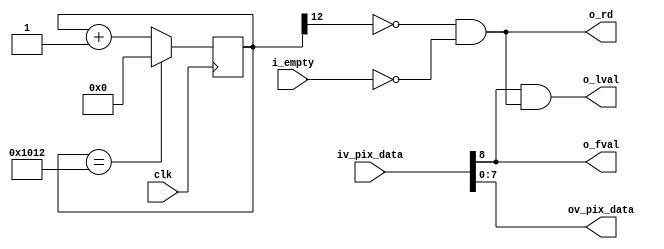
//-------------------------------------------------------------------------------------------------
//  --    : , 2010 -2015.
//  --      .
//  --          : FPGA
//  --        : rd_back_buf
//  --        : 
//-------------------------------------------------------------------------------------------------
//
//  --  :
//
//  --          :| 				:|  
//-------------------------------------------------------------------------------------------------
//  --        :| 2015/4/2 10:04:30	:|  
//-------------------------------------------------------------------------------------------------
//
//  --      :
//              1)  : ... ...
//
//              2)  : ... ...
//
//              3)  : ... ...
//
//-------------------------------------------------------------------------------------------------
///
`timescale 1ns/1ps
//-------------------------------------------------------------------------------------------------

module rd_back_buf # (
	parameter	DATA_WIDTH	= 8		//
	)
	(
	input						clk			,
	input						i_empty		,
	input	[DATA_WIDTH:0]		iv_pix_data	,
	output						o_rd		,
	output						o_fval		,
	output						o_lval		,
	output	[DATA_WIDTH-1:0]	ov_pix_data
	);

	//	ref signals
	reg		[15:0]		rd_en_cnt	= 16'b0;
	wire				rd_en		;

	//	ref ARCHITECTURE
	assign	o_rd		= rd_en & !i_empty;
	assign	o_fval		= iv_pix_data[DATA_WIDTH];
	assign	o_lval		= o_fval&o_rd;
	assign	ov_pix_data	= iv_pix_data[DATA_WIDTH-1:0];

	always @ (posedge clk) begin
		if(rd_en_cnt==16'h1012) begin
			rd_en_cnt	<= 'b0;
		end
		else begin
			rd_en_cnt	<= rd_en_cnt + 1'b1;
		end
	end
	assign	rd_en	= !rd_en_cnt[12];






endmodule